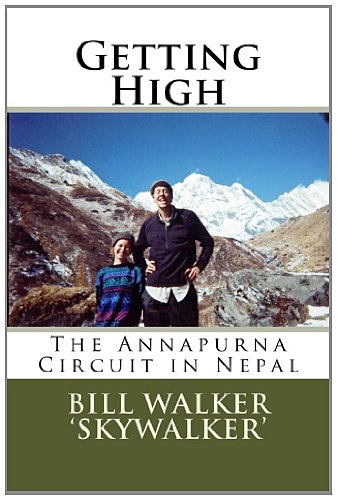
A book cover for Getting High: The Annapurna Circuit in Nepal; Bill Walker; Travel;